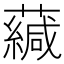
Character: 𧁺